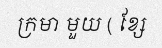
ក្រមា មួយ ( ខ្សែ